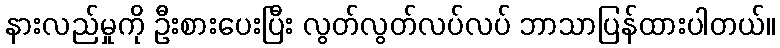
နားလည်မှုကို ဦးစားပေးပြီး လွတ်လွတ်လပ်လပ် ဘာသာပြန်ထားပါတယ်။